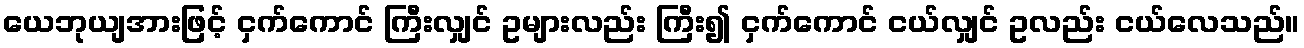
ယေဘုယျအားဖြင့် ငှက်ကောင် ကြီးလျှင် ဥများလည်း ကြီး၍ ငှက်ကောင် ငယ်လျှင် ဥလည်း ငယ်လေသည်။